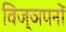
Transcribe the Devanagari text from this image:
विज्ञपनों